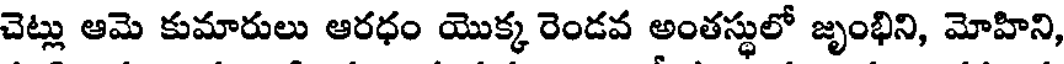
చెట్లు ఆమె కుమారులు ఆరధం యొక్క రెండవ అంతస్థులో జృంభిని, మోహిని,